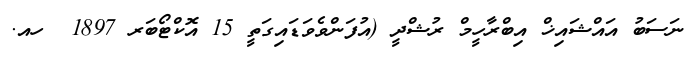
ނަސަބު އައްޝައިޚް އިބްރާހީމް ރުޝްދީ (އުފަންވެވަޑައިގަތީ 15 އޮކްޓޯބަރ 1897  ހއ.